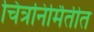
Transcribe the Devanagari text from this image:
चित्रनिर्मितीत